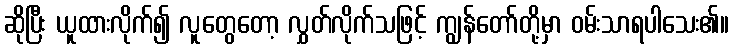
ဆိုပြီး ယူထားလိုက်၍ လူတွေတော့ လွှတ်လိုက်သဖြင့် ကျွန်တော်တို့မှာ ဝမ်းသာရပါသေး၏။